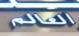
العالم